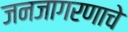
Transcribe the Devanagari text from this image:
जनजागरणाचे